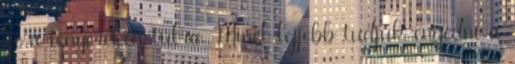
ki a tenyereken túlra. Minél lejjebb tudjuk engedni a